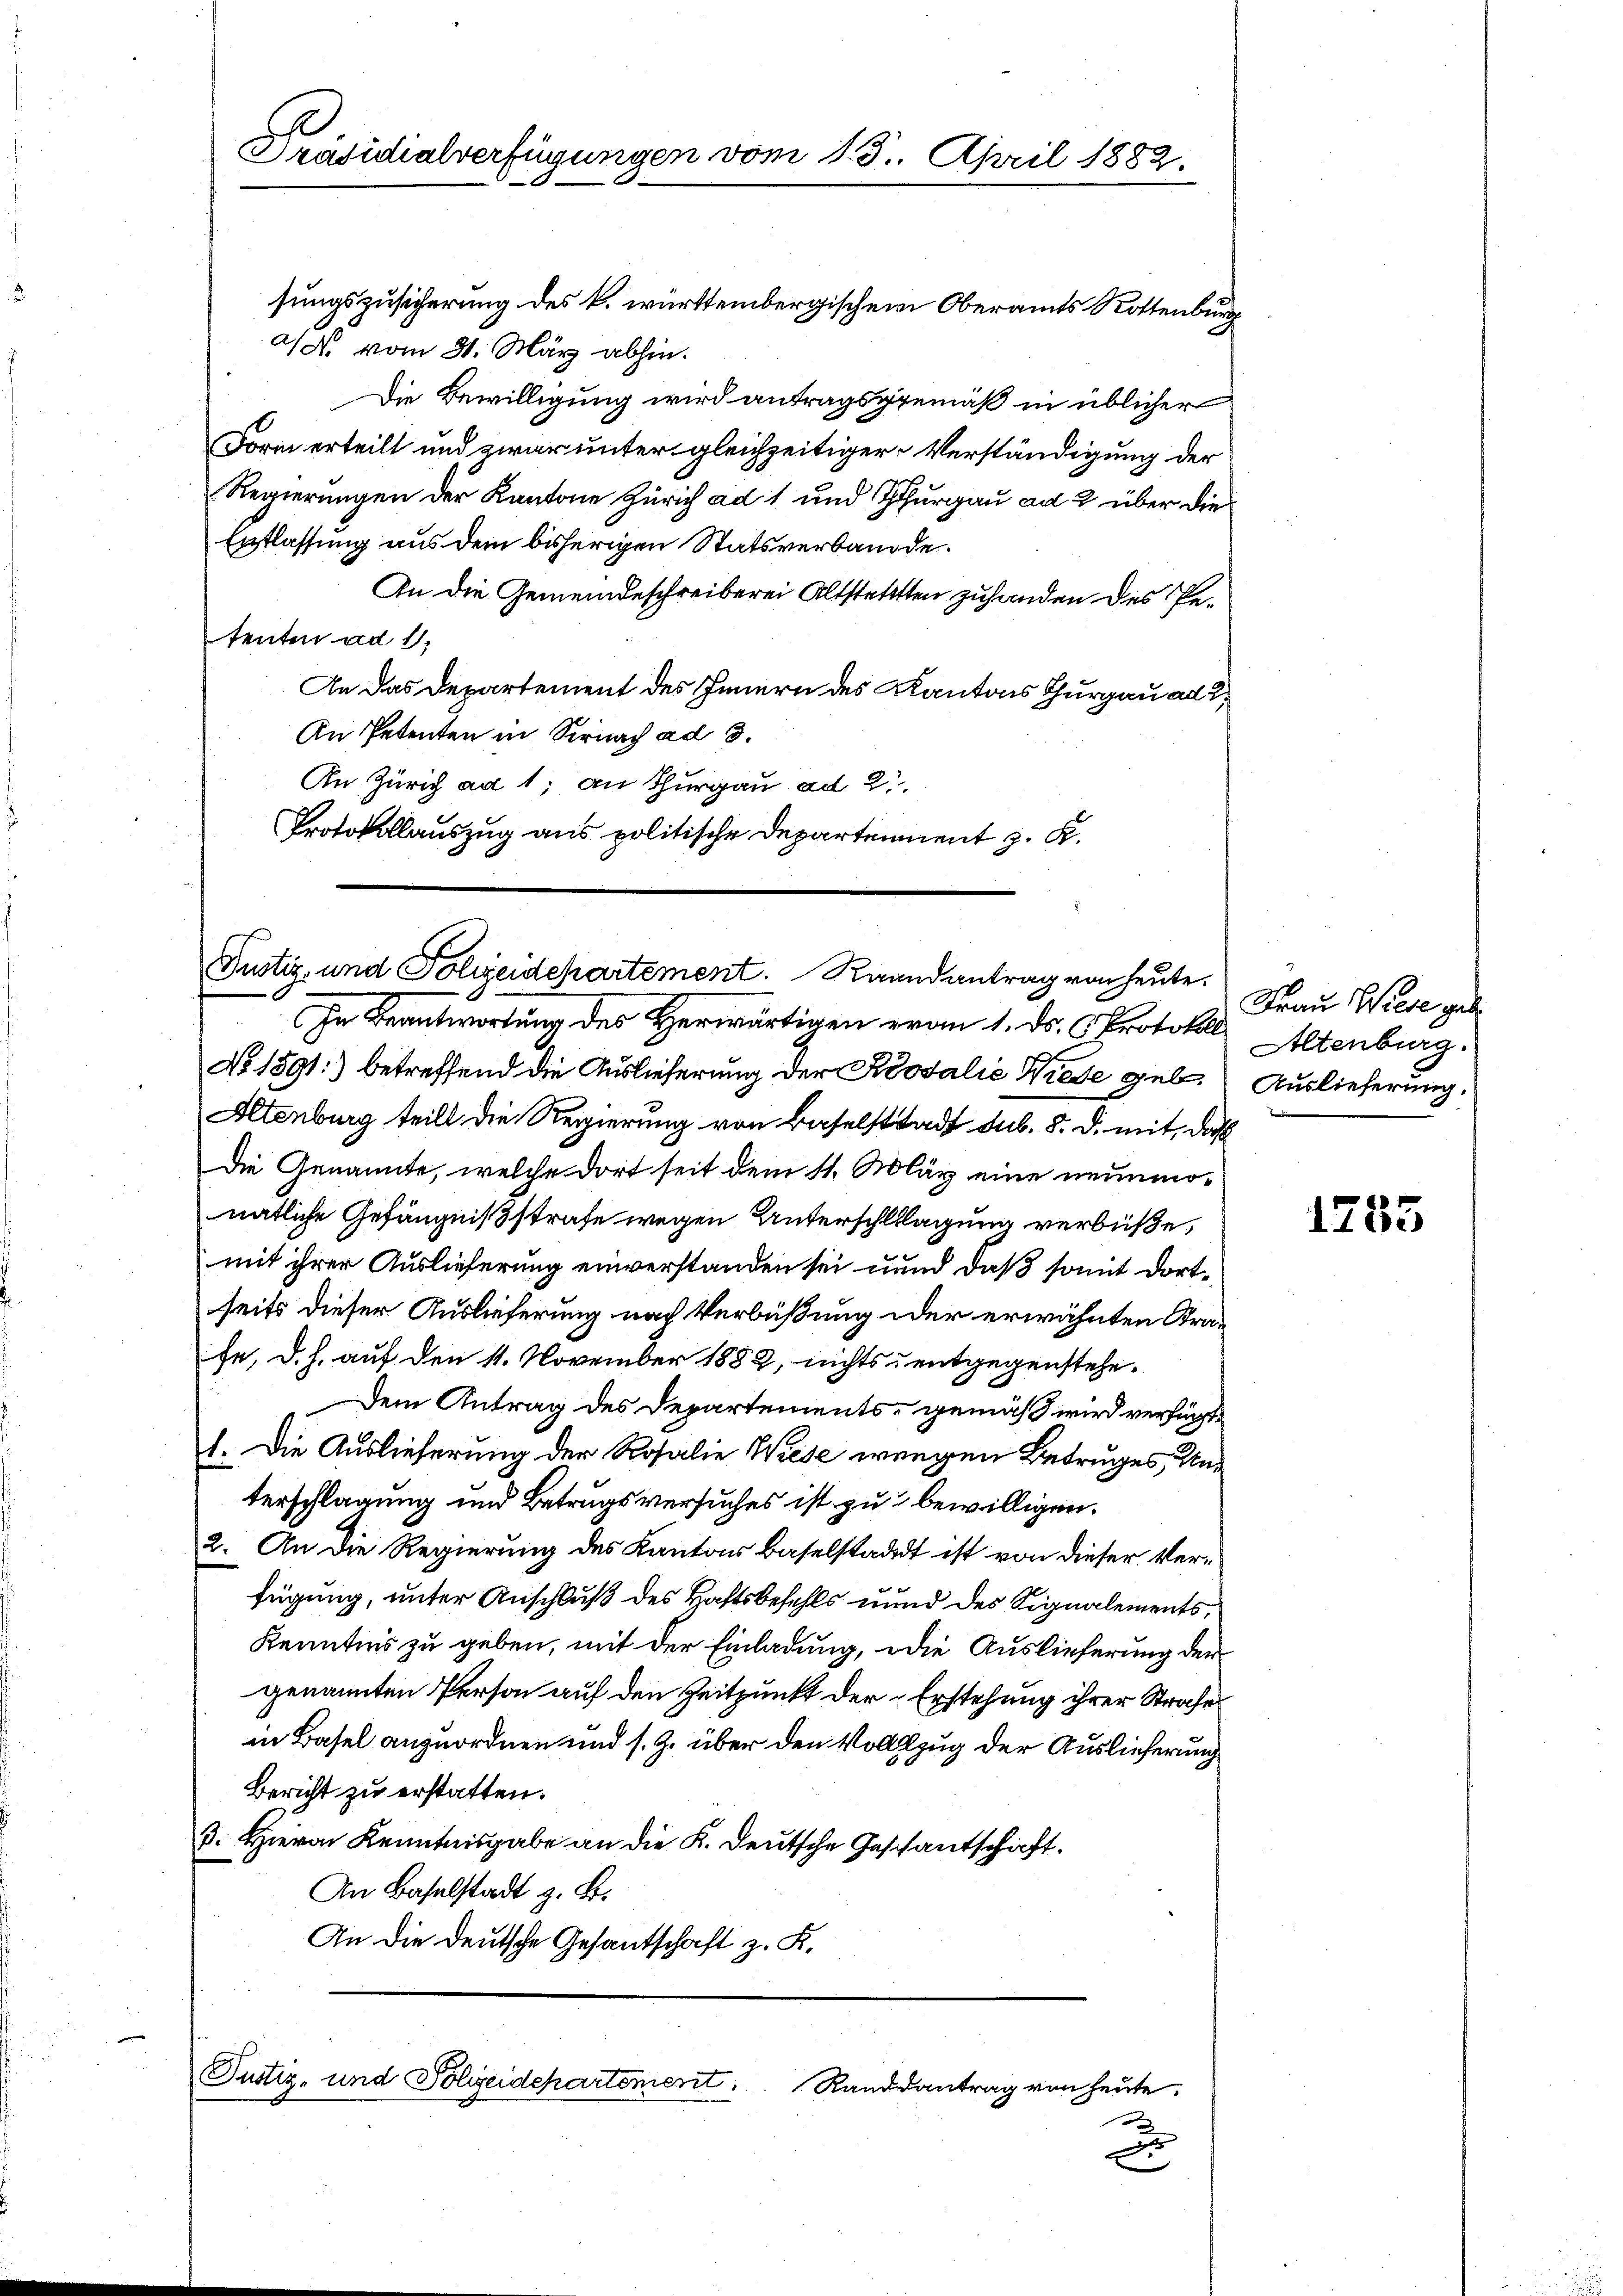
Präsidialverfügungen vom 1. 3. April 1882.

sungszusicherung des k. württembergischen Oberamts Rottenburg
a) vom 31. März abhin.
Die Bewilligung wird antragsgemäß in üblicher
Form erteilt und zwar unter gleichzeitiger Verständigung der
Regierungen der Kantone Zürich ad 1 und Thurgau ad 2 über die
Entlassung aus dem bisherigen Statsverbande.
An die Gemeindeschreiberei Altstellten zuhanden des Petenten ad 1,
An das Departement des Innern des Kantons Thurgau alt,
An Petenten in Sirnach ad 3.
An Zürich ad 1, an Thurgau ad 2.
Protokollauszug aus politische Departement z. B.

No. 1891:) betreffend die Auslieferung der Kosalie Wiede geb. Auslieferung.
Altenburg teilt die Regierung von Baselstadt sub. 8. d. mit, daß
Die Genannte, welche dort seit dem 11. März eine neunmonatliche Gefängnißstrafe wegen Unterschlagung verbüße,
mit ihrer Auslieferung einverstanden sei unnd daß somit dortseits dieser Auslieferung nach Verbüßung oder erwähnten Strafe, d. h. auf den 11. November 1882, nichts entgegenstehe¬
Dem Antrag des Departements gemäß wird verfügt,
1. Die Auslieferung der Rosalie Wiese wegen Betruges, Unterschlagung und Betrugsversuches ist zu bewilligen.
2. An die Regierung des Kantons Baselstadt ist von dieser Verfügung, unter Anschluß des Haftsbefehls und des Signalements,
Kenntnus zu geben, mit der Einladung, die Auslieferung der
genannten Person auf den Zeitpunkt der „Erstehung ihrer Strafe
in Basel anzuordnen und s. Z. über den Vollzug der Auslieferung
Bericht zu erstatten.
3. Hievon Kenntnisgabe an die K. Deutsche Geschantschaft.
An Baselstadt z. B.
An die Deutsche Gesantschaft z. K.

Justiz- und Polizeidepartement. Raandantrag von heute.
In Beantwortung des Herwärtigen evan 1. ds. Protokoll. Altenburg.

Justiz- und Polizeidepartement. Randsantrag von heute.
x

d

Frau Wiese gebe

1785